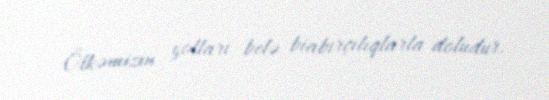
Ölkəmizin yolları belə biabırçılıqlarla doludur.